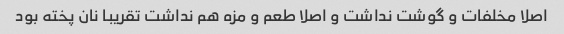
اصلا مخلفات و گوشت نداشت و اصلا طعم و مزه هم نداشت تقریبا نان پخته بود